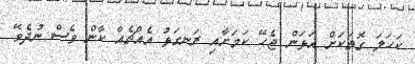
ކަހަލަ ގޮތަކަށް އަޅަން ޖެހޭ ކަމަށާއި ރަނގަޅު އެއްޗެއް ކާން ވެސް ނުދެވޭ